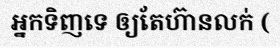
អ្នកទិញទេ ឲ្យតែហ៊ានលក់ (